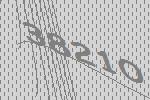
38210